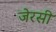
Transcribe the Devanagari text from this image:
जेरसी